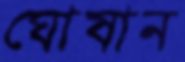
ঘোষান